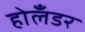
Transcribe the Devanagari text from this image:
होलँडर